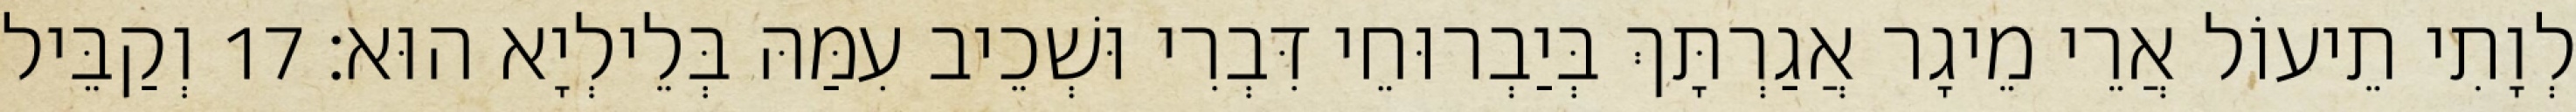
לְוָתִי תֵיעוֹל אֲרֵי מֵיגָר אֲגַרְתָּךְ בְּיַבְרוּחֵי דִּבְרִי וּשְׁכֵיב עִמַּהּ בְּלֵילְיָא הוּא׃ 17 וְקַבֵּיל